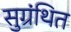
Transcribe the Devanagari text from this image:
सुग्रंथित